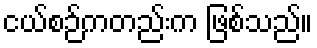
ငယ်စဉ်ကတည်းက ဖြစ်သည်။